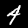
Digit: 4